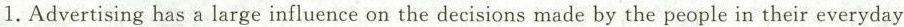
1.Advertising has a large influence on the decisions made by the people in their everyday